Report of the Hyderabad Chloroform Commission
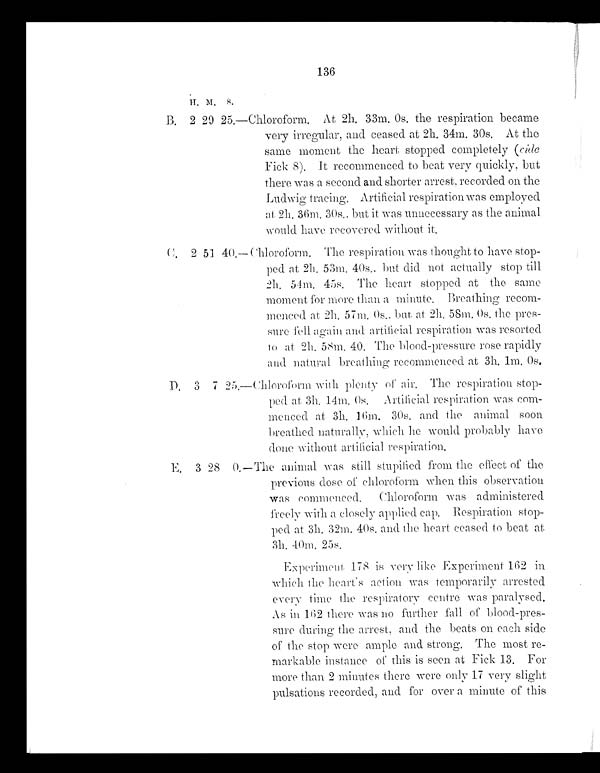
136
H . M . S .
B. 2 29 25.-Chloroform. At 2h. 33m. 0s. the respiration became
very irregular, and ceased at 2h. 34m. 30s. At the
same moment the heart stopped completely (cide
Fick 8). It recommenced to beat very quickly. but
there was a second and shorter arrest, recorded on the
Ludwig tracing. Artificial respiration was employed
at 2h. 36m. 30s. but it was unnecessary as the animal
would have recovered without it.
C. 2 51 40.-- Chloroform. The respiration was thought to have stop-
ped at 2h. 53m. 40s,. but did not actually stop till
2h. 54m. 45s. The heart stopped at the same
moment for more than a minute. Breathing recom-
menced at 2h. 57m. 0s. but at 2h. 58m. 0s. the pres-
sure fell again and artificial respiration was resorted
to at 2h. 58m. 40. The blood-pressure rose rapidly
and natural. breathing recommenced at 3h. 1m. 0s.
D. 3 7 25.-Chloroform -with plenty of air. The respiration stop-
ped at 3h. 14m. 0s. Artificial respiration was com-
menced at 3h. 16m. 30s. and the animal soon
breathed naturally, which he would probably have
done without artificial respiration.
E . 3 2 8 0 . - T h e a n i m a l w a s s t i l l s t u p i f i e d f r o m t h e e f f e c t o f t h e
previous dose of chloroform when this observation
was commenced. Chloroform was administered
freely with a closely applied cap. Respiration stop-
ped at 3h. 32m. 40s. and the heart ceased to beat at
3h. 40m.25s.
Experiment 178 is very like Experiment 162 in
which the heart's action was temporarily arrested
every time the respiratory centre was paralysed.
As in 162 there was no further fall of. blood-pres-
sure during the arrest, and the beats on each side
of the stop were ample and strong. The most re-
markable instance of this is seen at Fick 13. For
more than 2 minutes there were only 17 very slight
pulsations recorded, and for over a minute of this